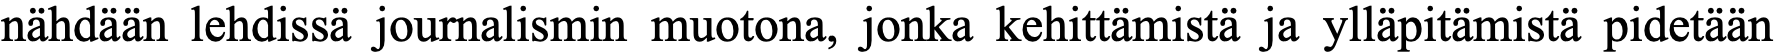
nähdään lehdissä journalismin muotona, jonka kehittämistä ja ylläpitämistä pidetään